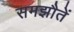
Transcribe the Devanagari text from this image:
समझौतें